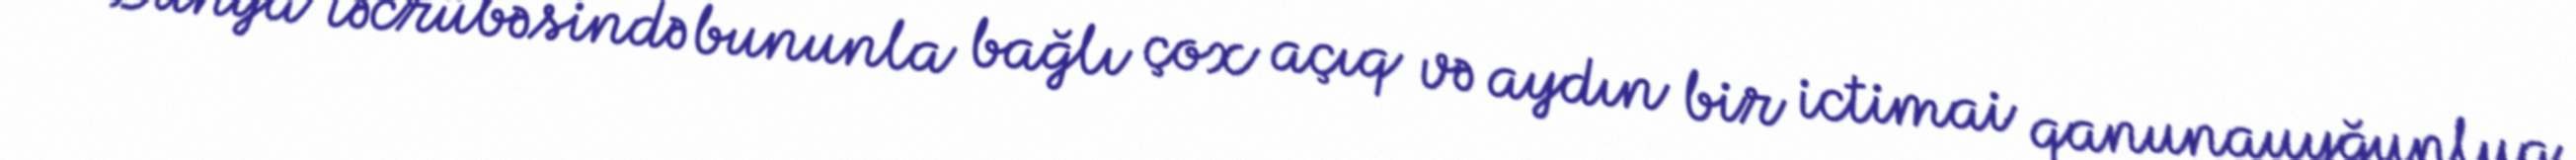
“Dünya təcrübəsində bununla bağlı çox açıq və aydın bir ictimai qanunauyğunluq